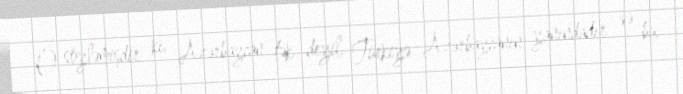
O söyləmişdir ki, Azərbaycan tək deyil, Türkiyə Azərbaycanın yanındadır və bu,